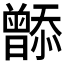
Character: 𬁮